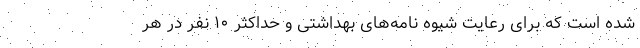
شده است که برای رعایت شیوه نامه‌های بهداشتی و حداکثر ۱۰ نفر در هر